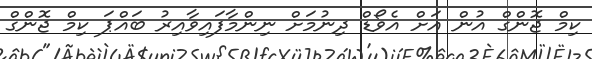
ކިމް ޖޮންގް އުން އަށް އެވޯޑް ދިނުމަށް ނިންމާފައިވާއިރު ބައްޕަ ކިމް ޖޮންގް